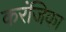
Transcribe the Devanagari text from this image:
करंजिका